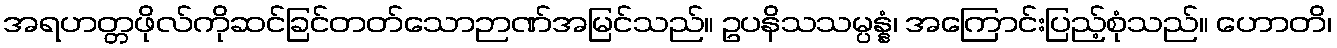
အရဟတ္တဖိုလ်ကိုဆင်ခြင်တတ်သောဉာဏ်အမြင်သည်။ ဥပနိသသမ္ပန္နံ၊ အကြောင်းပြည့်စုံသည်။ ဟောတိ၊